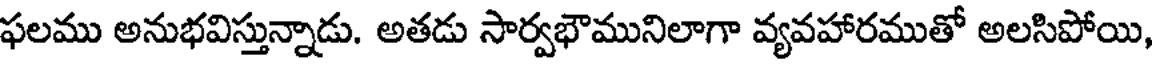
ఫలము అనుభవిస్తున్నాడు. అతడు సార్వభౌమునిలాగా వ్యవహారముతో అలసిపోయి,